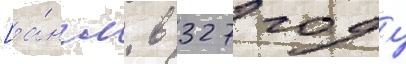
[а́нгл. в 327 году